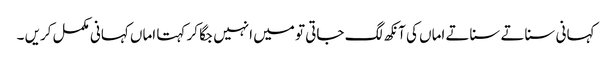
کہانی سناتے سناتے اماں کی آنکھ لگ جاتی تو میں انہیں جگا کر کہتا اماں کہانی مکمل کریں ۔